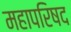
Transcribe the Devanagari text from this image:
महापरिषद